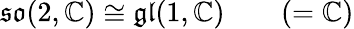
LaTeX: {\mathfrak{so}}(2,\mathbb{C})\cong{\mathfrak{gl}}(1,\mathbb{C})\qquad(=\mathbb{C})